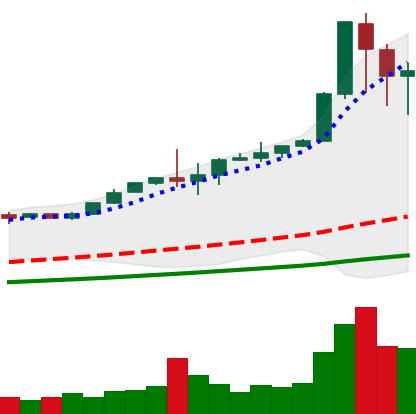
Ticker: BTC-USD
Chart end date: 2017-12-10
Forward return: 14.568%
Label: up_7plus